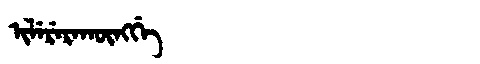
Manchu: ᡳᠯᡝᡵᡝᡵᠠᡴᡡᠩᡤᡝ
Romanization: ILERERAKŪNGGE